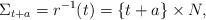
LaTeX: \begin{align*}\Sigma_{t + a} = r^{-1}(t) = \{t + a \} \times N,\end{align*}